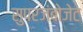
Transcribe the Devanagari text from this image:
सुपरजंबोजेट